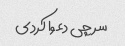
سر چی دعوا کردی